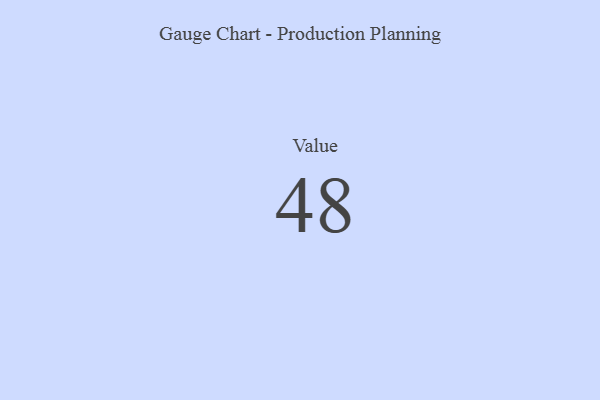
{"axis": {"x": "Metric", "y": "Value"}, "legend": [""], "data": [{"x": "Value", "y": 48, "type": ""}]}